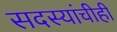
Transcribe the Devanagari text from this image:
सदस्यांचीही